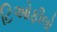
ટિઓફીલો